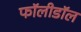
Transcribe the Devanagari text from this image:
फॉलीडॉल